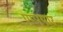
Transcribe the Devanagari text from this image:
एम्पयार